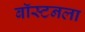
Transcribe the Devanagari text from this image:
बॉस्टनला